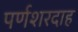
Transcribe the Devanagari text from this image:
पर्णशरदाह